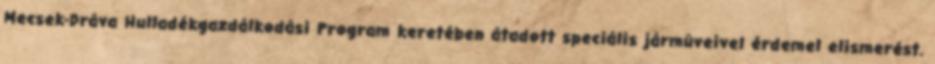
Mecsek-Dráva Hulladékgazdálkodási Program keretében átadott speciális jármûveivel érdemel elismerést.